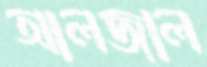
আলজাল